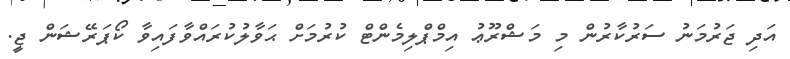
އަދި ޖަރުމަނު ސަރުކާރުން މި މަޝްރޫޢު އިމްޕްލިމެންޓް ކުރުމަށް ޙަވާލުކުރައްވާފައިވާ ކޯޕަރޭޝަން ޖީ.